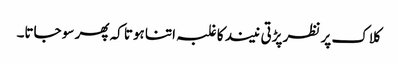
کلاک پر نظر پڑتی نیند کا غلبہ اتنا ہوتا کہ پھر سو جاتا۔